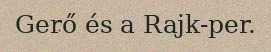
Gerő és a Rajk-per.